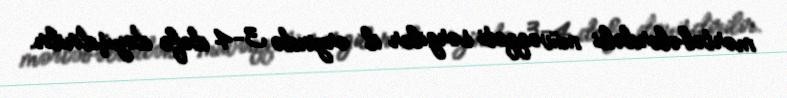
mərtəbələrdəki müvəqqəti sərgilər il ərzində 3-4 dəfə dəyişdirilir.